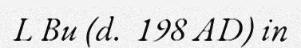
L Bu (d.  198 AD) in